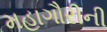
મહાગૌરીની